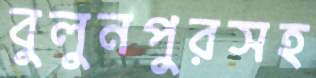
বুলুনপুরসহ